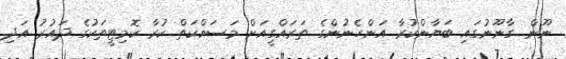
ނޫން. ގާނޫނުގައި ބަޔާންކުރާ އަންހެނުންގެ ތަރައްގީއަށް މަސައްކަތް ކުރާ ކޮމިޓީތަކުގެ ދައުރު އަދި